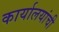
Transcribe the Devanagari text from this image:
कार्यालयांची